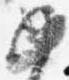
如